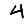
Digit: 4